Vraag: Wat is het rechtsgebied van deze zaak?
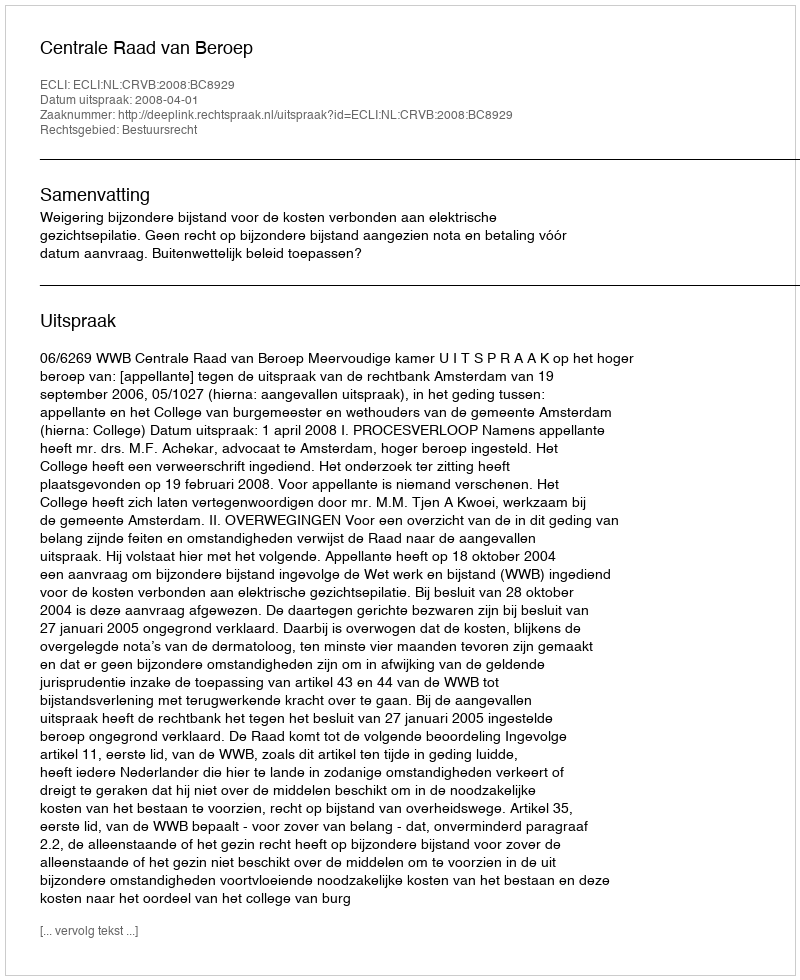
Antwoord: Bestuursrecht